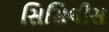
સિસિલીસ